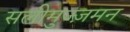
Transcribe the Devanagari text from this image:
सलीमुज्ज़मन